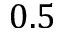
0 . 5